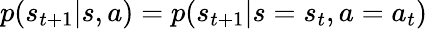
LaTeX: p(s_{t+1}|s,a)=p(s_{t+1}|s=s_{t},a=a_{t})